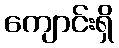
ကျောင်းရှိ